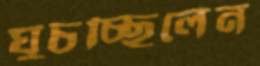
ঘুচচ্ছিলেন